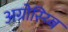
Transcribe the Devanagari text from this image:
अग्रोस्य्बि